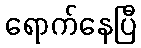
ရောက်နေပြီ